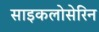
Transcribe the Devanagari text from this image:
साइकलोसेरिन